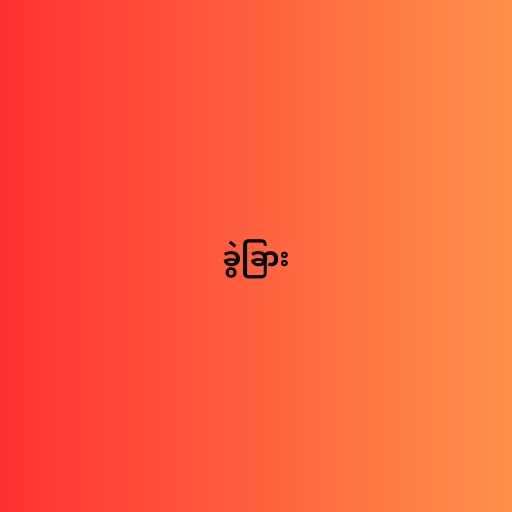
ခွဲခြား